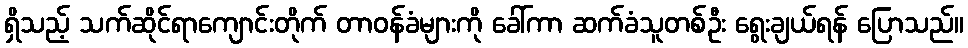
ရှိသည့် သက်ဆိုင်ရာကျောင်းတိုက် တာဝန်ခံများကို ခေါ်ကာ ဆက်ခံသူတစ်ဦး ရွေးချယ်ရန် ပြောသည်။